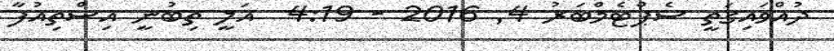
ދުއްވައިގަތީ ސެޕްޓެމްބަރު 4